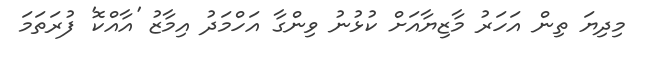
މިދިޔަ ތިން އަހަރު މާޒިޔާއަށް ކުޅުނު ވިންގާ އަހްމަދު އިމާޒު 'އާއްކޮ' ފުރަތަމަ